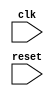
module memory_control(input clk,reset,);
    reg [11:0]  address;
    wire [23:0] data_out;


always @(posedge clk,posedge reset) begin
    if (reset) address <= 0;
    else
        address <= address + 1;

end
endmodule